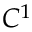
C ^ { 1 }